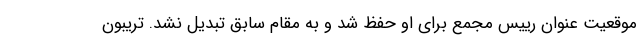
موقعیت عنوان رییس مجمع برای او حفظ شد و به مقام سابق تبدیل نشد. تریبون